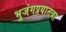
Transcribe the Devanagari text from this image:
भुजंगप्रयातचा